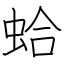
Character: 蛤